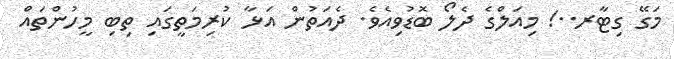
މަގޭ ގިޓާރ..! މިއަލްގެ ދެލޯ ބޮޑުވިއެވެ. ދެއަތުން އަޅާ ކުރިމަތީގައި ތިބި މީހުންތައް